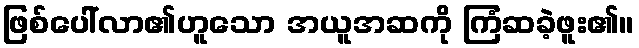
ဖြစ်ပေါ်လာ၏ဟူသော အယူအဆကို ကြံဆခဲ့ဖူး၏။